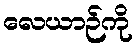
လေယာဉ်ကို